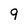
Character: 9